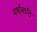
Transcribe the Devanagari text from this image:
वर्षांसाठि